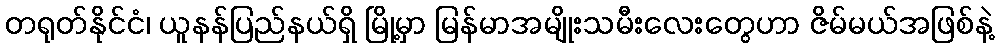
တရုတ်နိုင်ငံ၊ ယူနန်ပြည်နယ်ရှိ မြို့မှာ မြန်မာအမျိုးသမီးလေးတွေဟာ ဇိမ်မယ်အဖြစ်နဲ့